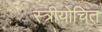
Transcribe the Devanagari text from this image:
स्त्रीयोचित